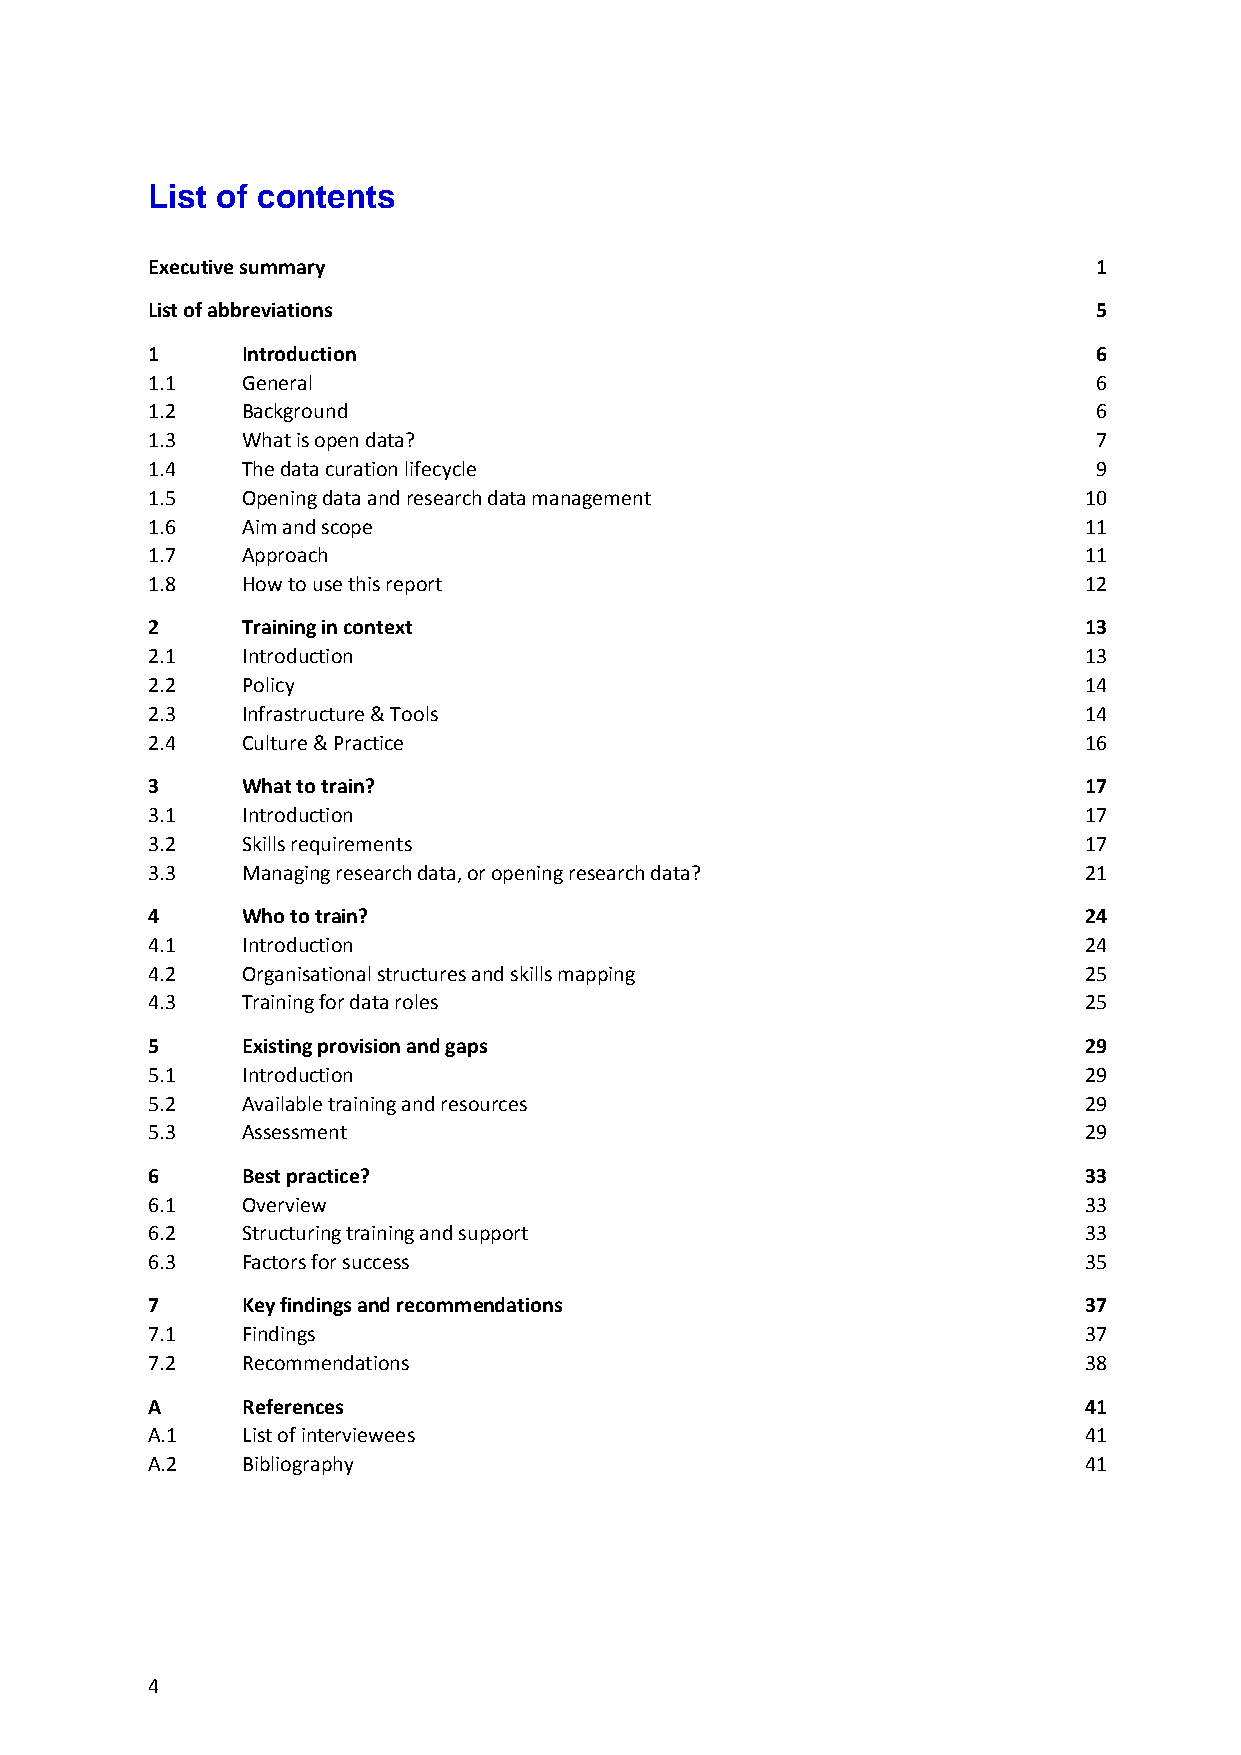
List of contents
 Executive summary                                              1
 List of abbreviations                                          5
 1     Introduction                                             6
 1.1   General                                                  6
 1.2   Background                                               6
 1.3   What is open data?                                       7
 1.4   The data curation lifecycle                              9
 1.5   Opening data and research data management               10
 1.6   Aim and scope                                           11
 1.7   Approach                                                11
 1.8   How to use this report                                  12
 2     Training in context                                     13
 2.1   Introduction                                            13
 2.2   Policy                                                  14
 2.3   Infrastructure & Tools                                  14
 2.4   Culture & Practice                                      16
 3     What to train?                                          17
 3.1   Introduction                                            17
 3.2   Skills requirements                                     17
 3.3   Managing research data, or opening research data?       21
 4     Who to train?                                           24
 4.1   Introduction                                            24
 4.2   Organisational structures and skills mapping            25
 4.3   Training for data roles                                 25
 5     Existing provision and gaps                             29
 5.1   Introduction                                            29
 5.2   Available training and resources                        29
 5.3   Assessment                                              29
 6     Best practice?                                          33
 6.1   Overview                                                33
 6.2   Structuring training and support                        33
 6.3   Factors for success                                     35
 7     Key findings and recommendations                        37
 7.1   Findings                                                37
 7.2   Recommendations                                         38
 A     References                                              41
 A.1   List of interviewees                                    41
 A.2   Bibliography                                            41
 4